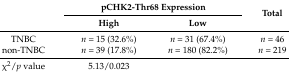
<table><thead><tr><td rowspan="2"></td><td colspan="2"><b>pCHK2-Thr68 Expression</b></td><td rowspan="2"><b>Total</b></td></tr><tr><td><b>High</b></td><td><b>Low</b></td></tr></thead><tbody><tr><td>TNBC</td><td><i>n</i> = 15 (32.6%)</td><td><i>n</i> = 31 (67.4%)</td><td><i>n</i> = 46</td></tr><tr><td>non-TNBC</td><td><i>n</i> = 39 (17.8%)</td><td><i>n</i> = 180 (82.2%)</td><td><i>n</i> = 219</td></tr><tr><td>χ<sup>2</sup>/<i>p</i> value</td><td>5.13/0.023</td><td></td><td></td></tr></tbody></table>